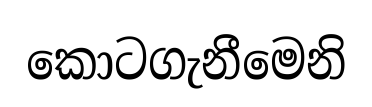
කොටගැනීමෙනි